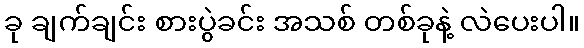
ခု ချက်ချင်း စားပွဲခင်း အသစ် တစ်ခုနဲ့ လဲပေးပါ။